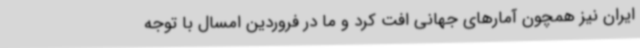
ایران نیز همچون آمارهای جهانی افت کرد و ما در فروردین امسال با توجه